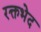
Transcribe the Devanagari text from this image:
रक्तभेद